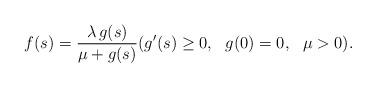
LaTeX: \begin{align*}f(s)= \frac{\lambda \, g(s)}{\mu + g(s)} (g'(s) \ge 0, \ \ g(0)=0, \ \ \mu >0).\end{align*}